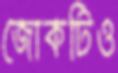
জোকটিও